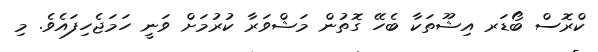
ކްރޮސް ބޯޑަރ އިޝޫތަކާ ބެހޭ ގޮތުން މަޝްވަރާ ކުރުމަށް ވަނީ ހަމަޖެހިފައެވެ. މި